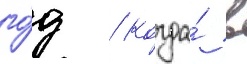
го́д / когда́ в